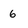
Character: 6